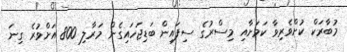
މުބާރަކް ކުށްވެރިވާ ކަމަށާއި މިސްރުގެ ސިފައިން ބަޑިޖަހައިގެން މަރާލި 800 އަށްވުރެ ގިނަ